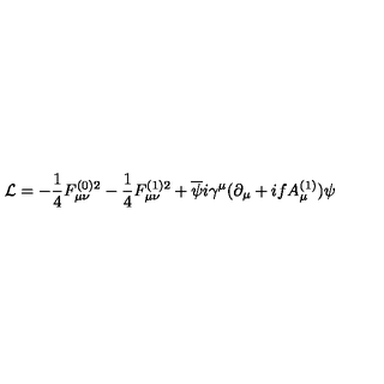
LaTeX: { \cal L } = - \frac { 1 } { 4 } F _ { \mu \nu } ^ { ( 0 ) 2 } - \frac { 1 } { 4 } F _ { \mu \nu } ^ { ( 1 ) 2 } + \overline { { \psi } } i \gamma ^ { \mu } ( \partial _ { \mu } + i f A _ { \mu } ^ { ( 1 ) } ) \psi